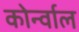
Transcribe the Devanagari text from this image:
कोर्न्वाल